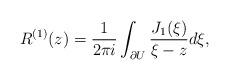
LaTeX: \begin{align*}R^{(1)}(z)=\frac{1}{2\pi i}\int_{\partial U}\frac{J_1(\xi)}{\xi-z}d\xi,\end{align*}